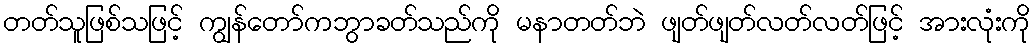
တတ်သူဖြစ်သဖြင့် ကျွန်တော်ကဘွာခတ်သည်ကို မနာတတ်ဘဲ ဖျတ်ဖျတ်လတ်လတ်ဖြင့် အားလုံးကို